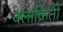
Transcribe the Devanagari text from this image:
क्लाक्रितीं